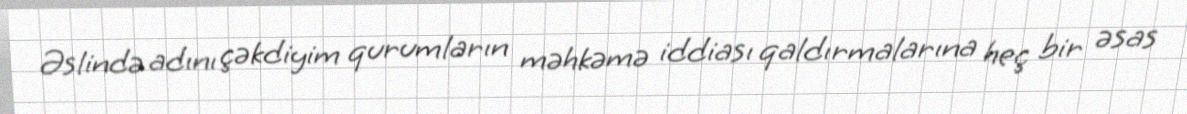
Əslində adını çəkdiyim qurumların məhkəmə iddiası qaldırmalarına heç bir əsas